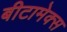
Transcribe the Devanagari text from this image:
बीटामेक्स